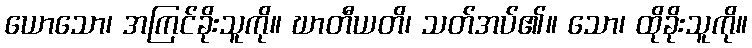
ယောသော၊ အကြင်ခိုးသူကို။ ဃာတီယတိ၊ သတ်အပ်၏။ သော၊ ထိုခိုးသူကို။